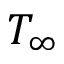
T _ { \infty }